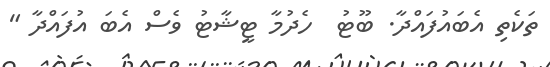
ތަކެތި އެބައުފައްދާ. ބޫޓު  ހެދުމާ ޓީޝާޓު ވެސް އެބަ އުފައްދާ "